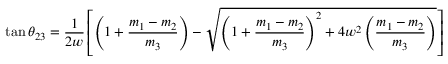
\tan \theta _ { 2 3 } = \frac { 1 } { 2 w } \left[ \left( 1 + \frac { m _ { 1 } - m _ { 2 } } { m _ { 3 } } \right) - \sqrt { \left( 1 + \frac { m _ { 1 } - m _ { 2 } } { m _ { 3 } } \right) ^ { 2 } + 4 w ^ { 2 } \left( \frac { m _ { 1 } - m _ { 2 } } { m _ { 3 } } \right) } \right]